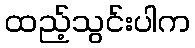
ထည့်သွင်းပါက